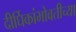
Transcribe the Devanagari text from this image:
दीर्घिकांभोवतीच्या